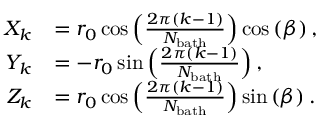
\begin{array} { r l } { X _ { k } } & { = r _ { 0 } \cos \left( \frac { 2 \pi ( k - 1 ) } { N _ { \mathrm { b a t h } } } \right) \cos \left( \beta \right) , } \\ { Y _ { k } } & { = - r _ { 0 } \sin \left( \frac { 2 \pi ( k - 1 ) } { N _ { \mathrm { b a t h } } } \right) , } \\ { Z _ { k } } & { = r _ { 0 } \cos \left( \frac { 2 \pi ( k - 1 ) } { N _ { \mathrm { b a t h } } } \right) \sin \left( \beta \right) . } \end{array}